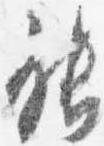
能